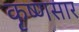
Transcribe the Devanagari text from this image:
कृष्णसार